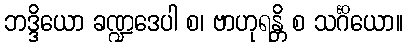
ဘဒ္ဒိယော ခဏ္ဍဒေပါ စ၊ ဗာဟုရန္တိ စ သင်္ဂိယော။